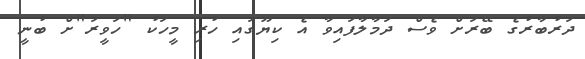
ދަރުބާރުގެ ބޭރަށް ވެސް ދަމާލާފައިވާ އެ ކިޔޫގައި ހުރި މީހަކު "ހަވީރަ"ށް ބުނީ